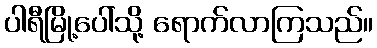
ပါရီမြို့ပေါ်သို့ ရောက်လာကြသည်။